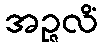
အဉ္ဇလိံ